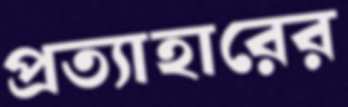
প্রত্যাহারের